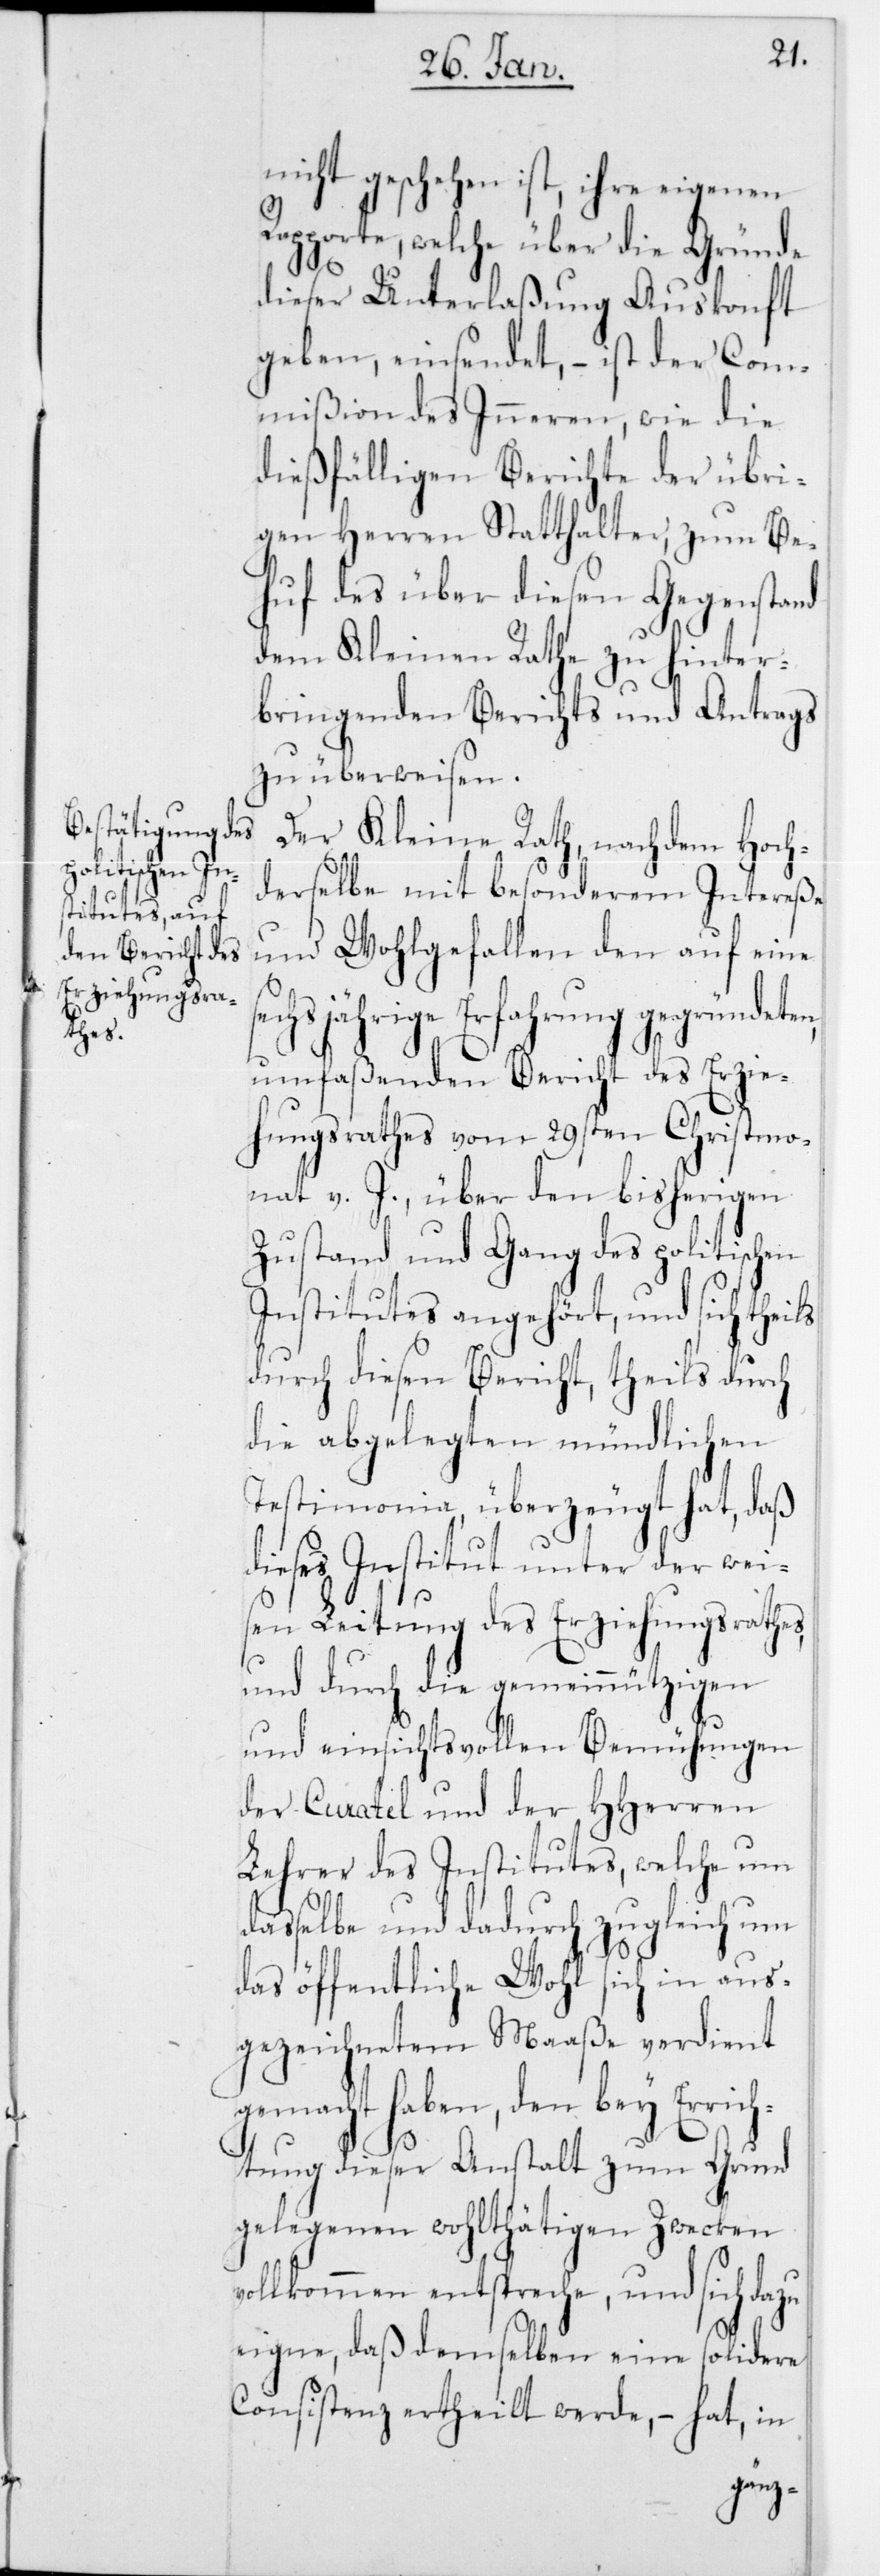
nicht geschehen ist, ihre eigenen
Rapporte, welche über die Gründe
dieser Unterlaßung Auskonft
geben, einsendet, – ist der Com¬
mißion des Innern, wie die
dießfälligen Berichte der übri¬
gen Herren Statthalter, zum Be¬
huf des über diesen Gegenstand
dem Kleinen Rathe zu hinter¬
bringenden Berichts und Antrags
zu überweisen.
Der Kleine Rath, nachdem hoch¬
derselbe mit besonderem Intereße
und Wohlgefallen den auf eine
echsjährige Erfahrung gegründeten,
umfaßenden Bericht des Erzie¬
hungsrathes vom 29sten Christmo¬
nat v. J., über den bisherigen
Zustand und Gang des politischen
Institutes angehört, und sich theils
durch diesen Bericht, theils durch
die abgelegten mündlichen
Testimonia, überzeugt hat, daß
ieses Institut unter der weis¬
en Leitung des Erziehungsrathes,
und durch die gemeinnützigen
und einsichtsvollen Bemühungen
der Curatel und der HHerren
Lehrer des Institutes, welche um d¬
asselbe und dadurch zugleich um
das öffentliche Wohl sich in aus¬
gezeichnetem Maaße verdient
gemacht haben, den bey Erric¬
d¬
htung dieser Anstalt zum Grund
gelegenen wohlthätigen Zwecken
vollkommen entspreche, und sich dazu
eigne, daß demselben eine solidere
Consistenz ertheilt werde, – hat in